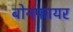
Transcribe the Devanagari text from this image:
बोनफायर